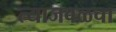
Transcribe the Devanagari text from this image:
त्याजवळचा